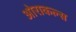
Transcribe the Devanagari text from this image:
ओराकल्स